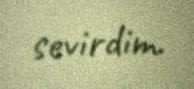
sevirdim.